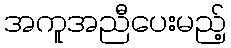
အကူအညီပေးမည့်